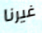
غيرنا